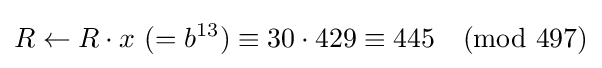
R\leftarrow R\cdot x{\text{ }}(=b^{13})\equiv 30\cdot 429\equiv 445{\pmod {497}}